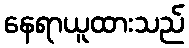
နေရာယူထားသည်